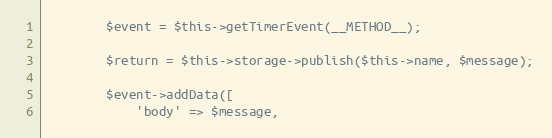
Language: PHP
        $event = $this->getTimerEvent(__METHOD__);

        $return = $this->storage->publish($this->name, $message);

        $event->addData([
            'body' => $message,